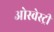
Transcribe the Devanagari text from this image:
ओस्वेस्ट्री